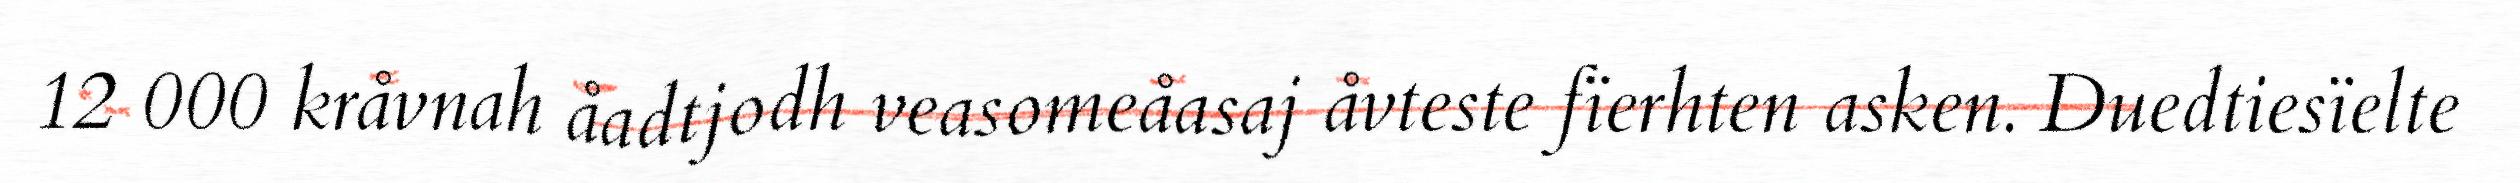
12 000 kråvnah åadtjodh veasomeåasaj åvteste fïerhten asken. Duedtiesïelte